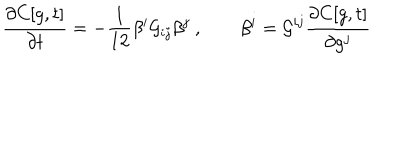
LaTeX: \frac { \partial C [ g , t ] } { \partial t } = - \frac { 1 } { 1 2 } \beta ^ { i } { \cal G } _ { i j } \beta ^ { j } ~ , \qquad \beta ^ { i } = { \cal G } ^ { i j } \frac { \partial C [ g , t ] } { \partial g ^ { j } }